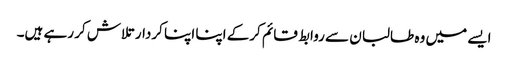
ایسے میں وہ طالبان سے روابط قائم کرکے اپنا اپنا کردار تلاش کر رہے ہیں۔